Annual administration report of the Civil Veterinary Department of India - 1898-1899
Year: 1898
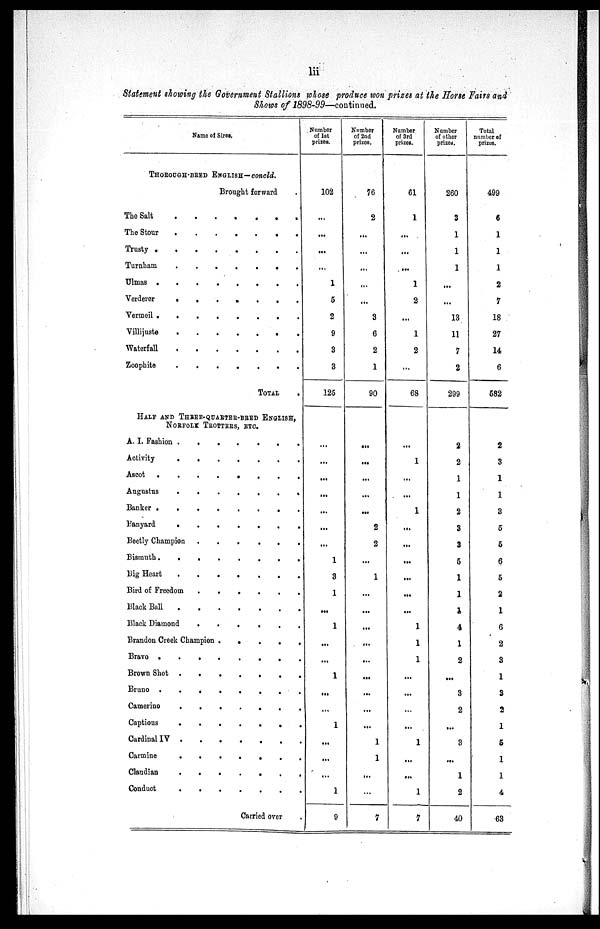
lii
Statement showing the Government Stallions whose produce won prizes at the Horse Fairs and
Shows of 1898-99—continued.
Name of Sires.
THORODGH-BRED ENGLISH—concld.
Brought forward .
The Salt
.
.
.
.
.
.
.
.
The Stour
.
.
.
.
.
.
.
.
Trusty
.
.
.
.
.
Turnham
.
.
.
.
.
.
.
.
Ulmas
.
.
.
.
.
.
.
.
Verderer
.
.
.
.
.
.
.
.
Vermeil
.
.
.
.
.
.
.
.
Villijuste
.
.
.
.
.
.
.
.
Waterfall
.
.
.
.
.
Zoophite
.
.
.
.
.
.
.
.
TOTAL .
HALF AND THREE-QUARTER-BRED ENGLISH,
NORFOLK TROTTERS, ETC.
A. I. Fashion
.
.
.
.
.
.
.
.
Activity
.
.
.
.
.
.
.
Ascot
.
.
.
.
.
.
.
.
Augustus
.
.
.
.
.
.
.
.
Banker
.
.
.
.
.
.
.
.
Banyard
.
.
.
.
.
.
.
.
Beetly Champion . . . . . . . .
Bismuth
.
.
.
.
.
.
.
.
Big Heart
.
.
.
.
.
.
.
.
Bird of Freedom
.
.
.
.
.
Black Ball
.
.
.
.
.
Black Diamond
.
.
.
.
.
.
.
.
Brandon Creek Champion .
.
.
.
.
Bravo
.
.
.
.
.
.
.
.
Brown Shot
.
.
.
.
.
.
.
.
Bruno
.
.
.
.
.
.
.
.
Camerino
.
.
.
.
.
.
.
.
Captious
.
.
.
.
.
.
.
.
Cardinal
IV . . . . . . . .
Carmine
.
.
.
.
.
.
.
.
Claudian
.
.
.
.
.
.
.
.
Conduct
.
.
.
.
.
.
.
Carried over .
Number
of 1st
prizes.
102
...
...
...
...
1
5
2
9
3
3
125
...
...
...
...
...
...
...
1
3
1
...
1
...
...
1
...
...
1
...
...
...
1
9
Number
of 2nd
prizes.
76
2
...
...
...
...
...
3
6
2
1
90
...
...
...
...
...
2
2
...
1
...
...
...
...
...
...
...
...
...
1
1
...
...
7
Number
of 3rd
prizes.
61
1
...
...
...
1
2
...
1
2
...
68
...
1
...
...
1
...
...
...
...
...
...
1
1
1
...
...
...
...
1
...
...
1
7
Number
of other
prized.
260
3
1
1
1
...
...
13
11
7
2
299
2
2
1
1
2
3
3
5
1
1
1
4
1
2
...
3
2
...
3
...
1
2
40
Total
number of
prizes.
499
6
1
1
1
2
7
18
27
14
6
582
2
3
1
1
3
5
5
6
5
2
1
6
2
3
1
3
2
1
5
1
1
4
63